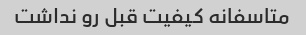
متاسفانه کیفیت قبل رو نداشت